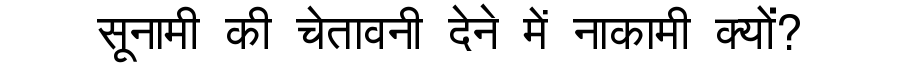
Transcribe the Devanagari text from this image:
सूनामी की चेतावनी देने में नाकामी क्यों?